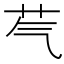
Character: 芞